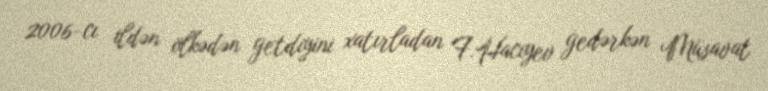
2006-cı ildən ölkədən getdiyini xatırladan F.Hacıyev gedərkən Müsavat